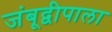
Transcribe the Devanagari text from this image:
जंबूद्वीपाला